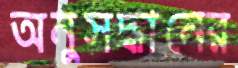
অনুসদ্ধানের